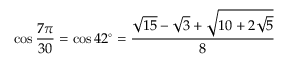
\cos { \frac { 7 \pi } { 3 0 } } = \cos 4 2 ^ { \circ } = { \frac { { \sqrt { 1 5 } } - { \sqrt { 3 } } + { \sqrt { 1 0 + 2 { \sqrt { 5 } } } } } { 8 } }